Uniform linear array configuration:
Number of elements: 64
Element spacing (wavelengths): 0.5
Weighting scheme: binomial
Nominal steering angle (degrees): -30
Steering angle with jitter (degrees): -30.332
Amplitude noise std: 0.05
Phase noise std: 0.05

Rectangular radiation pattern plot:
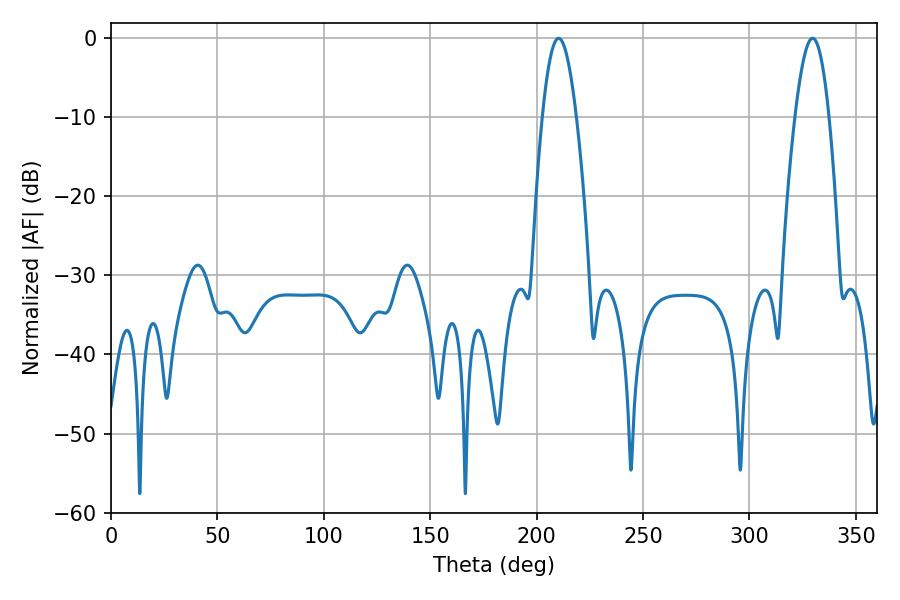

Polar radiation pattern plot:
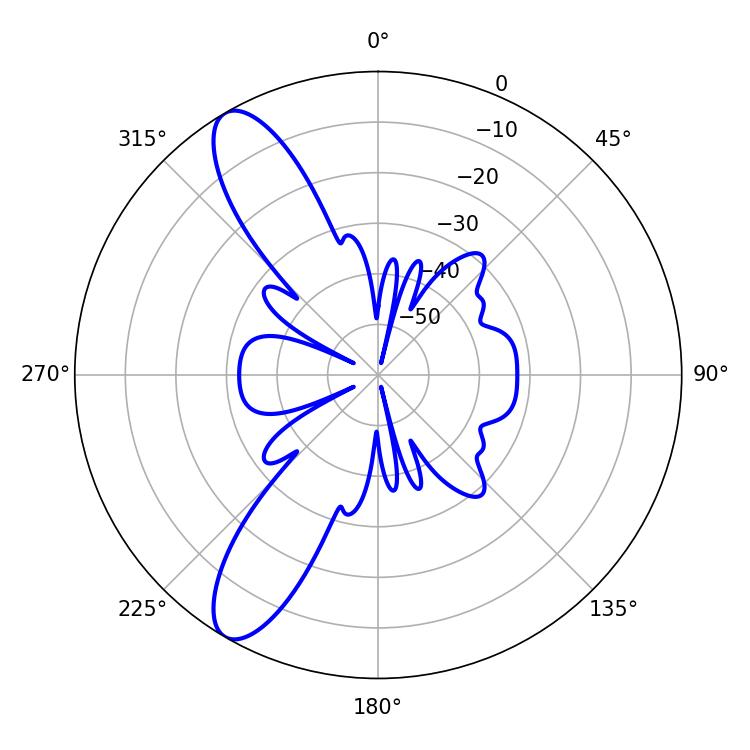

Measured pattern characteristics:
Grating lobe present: FALSE
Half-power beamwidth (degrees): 8.64
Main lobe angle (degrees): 210.24